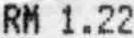
RM 1.22